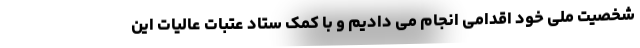
شخصیت ملی خود اقدامی انجام می دادیم و با کمک ستاد عتبات عالیات این